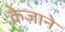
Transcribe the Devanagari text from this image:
केज़ाने